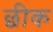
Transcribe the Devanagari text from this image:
छीक